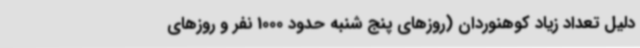
دلیل تعداد زیاد کوهنوردان (روزهای پنج شنبه حدود 1000 نفر و روزهای